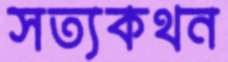
সত্যকথন